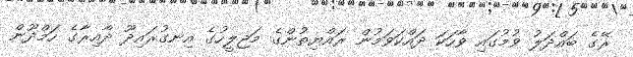
ރޭގެ ބައްދަލު ވުމުގައި ވާހަކަ ދައްކަވަމުން ރައްޔިތުންގެ މަޖިލީހުގެ އިނގުރައިދޫ ދާއިރާގެ ހަމްދޫން